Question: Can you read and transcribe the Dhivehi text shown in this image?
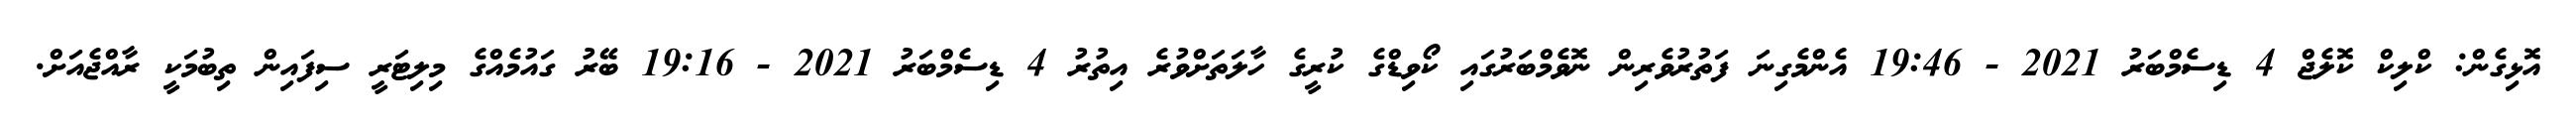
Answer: އޮޅިގެން: ކްލިކް ކޮލެޖް 4 ޑިސެމްބަރު 2021 - 19:46 އެންމެގިނަ ފަތުރުވެރިން ނޮވެމްބަރުގައި ކޯވިޑްގެ ކުރީގެ ހާލަތަށްވުރެ އިތުރު 4 ޑިސެމްބަރު 2021 - 19:16 ބޭރު ގައުމެއްގެ މިލިޓަރީ ސިފައިން ތިބުމަކީ ރާއްޖެއަށް.